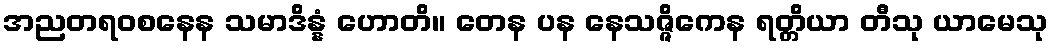
အညတရဝစနေန သမာဒိန္နံ ဟောတိ။ တေန ပန နေသဇ္ဇိကေန ရတ္တိယာ တီသု ယာမေသု